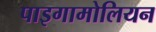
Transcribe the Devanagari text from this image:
पाइगामोलियन